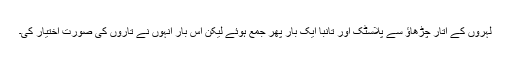
لہروں کے اتار چڑھاؤ سے پلاسٹک اور تانبا ایک بار پھر جمع ہوئے لیکن اس بار انہوں نے تاروں کی صورت اختیار کی۔